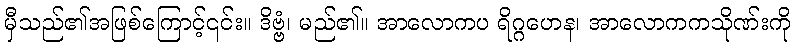
မှီသည်၏အဖြစ်ကြောင့်၎င်း။ ဒိဗ္ဗံ၊ မည်၏။ အာလောကပ ရိဂ္ဂဟေန၊ အာလောကကသိုဏ်းကို